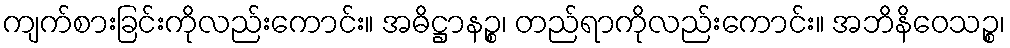
ကျက်စားခြင်းကိုလည်းကောင်း။ အဓိဋ္ဌာနဉ္စ၊ တည်ရာကိုလည်းကောင်း။ အဘိနိဝေသဉ္စ၊